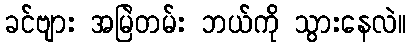
ခင်ဗျား အမြဲတမ်း ဘယ်ကို သွားနေလဲ။